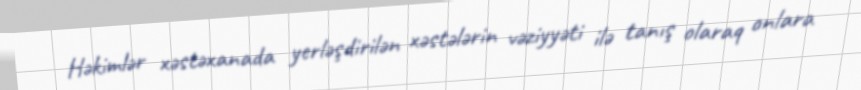
Həkimlər xəstəxanada yerləşdirilən xəstələrin vəziyyəti ilə tanış olaraq onlara